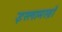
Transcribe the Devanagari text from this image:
इस्लामख़ाँ